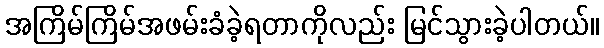
အကြိမ်ကြိမ်အဖမ်းခံခဲ့ရတာကိုလည်း မြင်သွားခဲ့ပါတယ်။